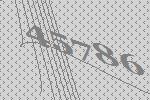
45786